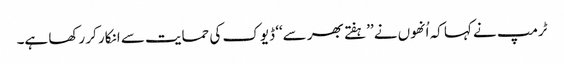
ٹرمپ نے کہا کہ اُنھوں نے ’’ہفتے بھر سے‘‘ ڈیوک کی حمایت سے انکار کر رکھا ہے۔